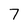
Character: 7